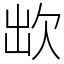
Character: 欪